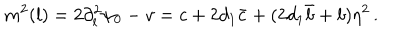
m ^ { 2 } ( l ) = 2 \partial _ { l } ^ { 2 } \psi _ { 0 } - v = c + 2 d _ { 1 } \bar { c } + ( 2 d _ { 1 } \bar { b } + b ) \eta ^ { 2 } \, .